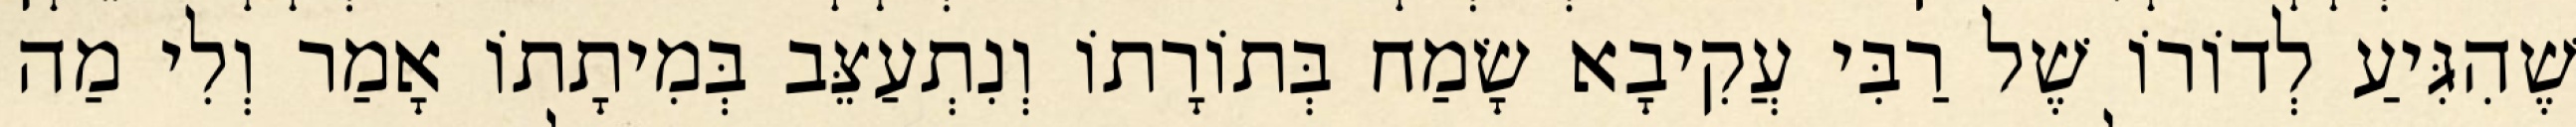
שֶׁהִגִּיעַ לְדוֹרוֹ שֶׁל רַבִּי עֲקִיבָא שָׂמַח בְּתוֹרָתוֹ וְנִתְעַצֵּב בְּמִיתָתוֹ אָמַר וְלִי מַה